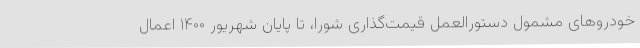
خودروهای مشمول دستورالعمل قیمت‌گذاری شورا، تا پایان شهریور ۱۴۰۰ اعمال